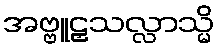
အဗ္ဗူဠှသလ္လာသ္မိ